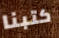
كتبنا